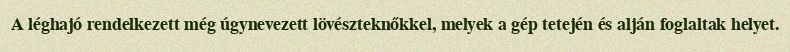
A léghajó rendelkezett még úgynevezett lövészteknőkkel, melyek a gép tetején és alján foglaltak helyet.